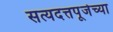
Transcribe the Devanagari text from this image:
सत्यदत्तपूजेच्या